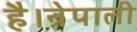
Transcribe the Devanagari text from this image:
है।नेपाली